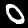
Label: 0